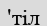
'тіл